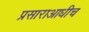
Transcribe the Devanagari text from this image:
प्रसाराआधीच